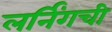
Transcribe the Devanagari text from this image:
लर्निंगची